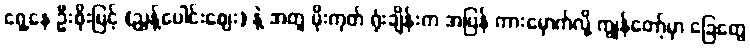
ရှေ့နေ ဦးစိုးမြင့် (ညွန့်ပေါင်းဈေး) နဲ့ အတူ မိုးကုတ် ရုံးချိန်းက အပြန် ကားမှောက်လို့ ကျွန်တော့်မှာ ခြေတွေ